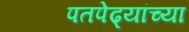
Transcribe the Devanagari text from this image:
पतपेढ्यांच्या